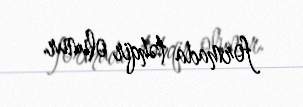
formada təhqir olunur.